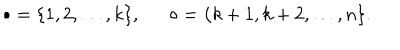
LaTeX: \bullet = \{ 1 , 2 , \ldots , k \} , \circ = \{ k + 1 , k + 2 , \ldots , n \} .